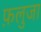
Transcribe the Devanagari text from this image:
फ़लुजा